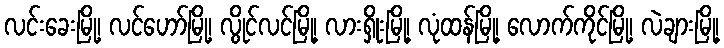
လင်းခေးမြို့၊ လင်ဟော်မြို့၊ လွိုင်လင်မြို့၊ လားရှိုးမြို့၊ လုံထန်မြို့၊ လောက်ကိုင်မြို့၊ လဲချားမြို့၊